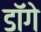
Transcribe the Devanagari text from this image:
डॉगे